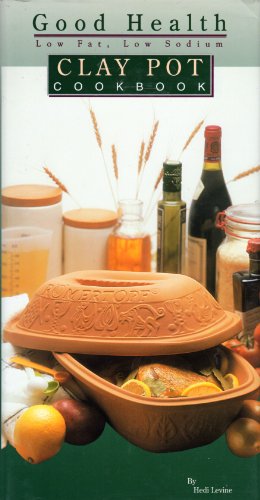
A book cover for Good Health Low-Fat Low-Sodium Clay Pot Cookbook; Hedi Levine; Cookbooks, Food & Wine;